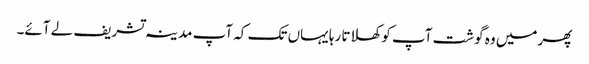
پھرمیں وہ گوشت آپ کو کھلاتا رہا یہاں تک کہ آپ مدینہ تشریف لے آئے۔